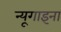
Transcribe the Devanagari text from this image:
न्यूगाइना